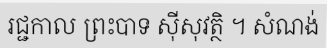
រជ្ជកាល ព្រះបាទ ស៊ីសុវត្ថិ ។ សំណង់